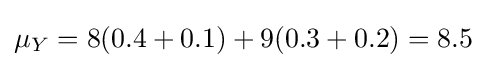
\mu _{Y}=8(0.4+0.1)+9(0.3+0.2)=8.5